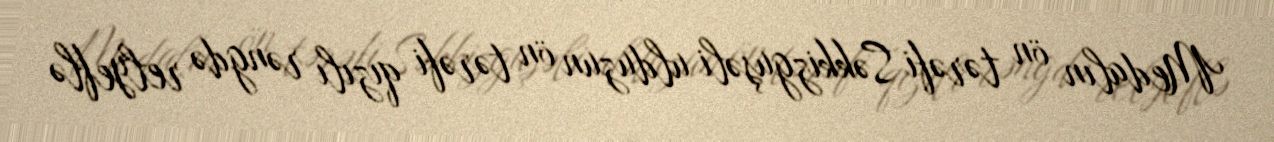
Medalın ön tərəfi Səkkizguşəli ulduzun ön tərəfi qızılı rəngdə relyeflə